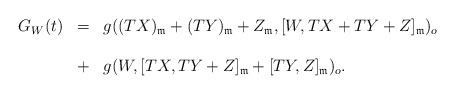
\begin{align*} \begin{array}{lll}G_W(t)&=&g((TX)_{\frak{m}}+(TY)_{\frak{m}}+Z_{\frak{m}},[W, TX+TY+Z]_{\frak{m}})_o\ \\\\&+&g(W,[TX, TY+Z]_{\frak{m}}+[TY, Z]_{\frak{m}})_o.\end{array}\end{align*}